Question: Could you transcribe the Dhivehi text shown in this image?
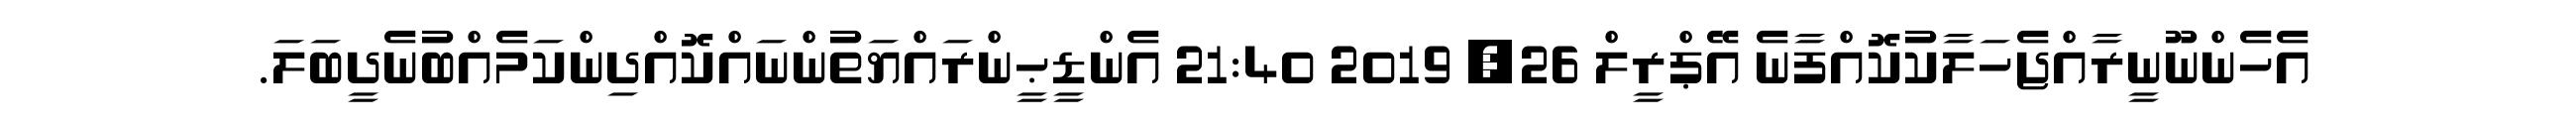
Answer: އެހެންނޫނީރާއްޖެހަލާކުކޮއްފާނެ އޭޕްރީލް 26, 2019 21:40 އެންޑީޙީންރައްޔަތުންނައްކޮއްދިންކަމެއްބުނެދީބަލަ.